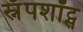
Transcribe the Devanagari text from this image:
स्नॅपशॉट्स